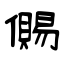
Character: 儩